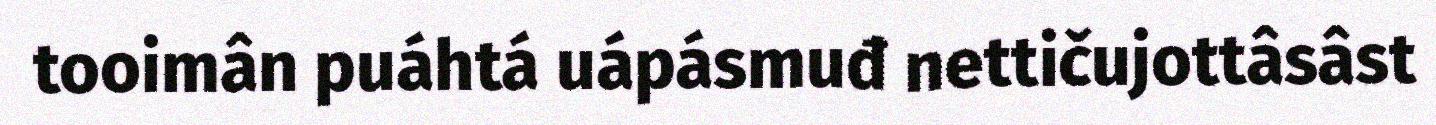
tooimân puáhtá uápásmuđ nettičujottâsâst